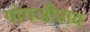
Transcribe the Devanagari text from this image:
गोगजीराव